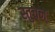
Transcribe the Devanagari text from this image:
स्तुवन्